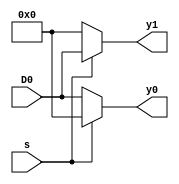
module demux16_1x2 (D0,s,y0,y1);
	input [15:0]D0	;
	input s;
	output [15:0]y0,y1;

	assign y0 = (s == 0)? D0 : 16'b00;
	assign y1 = (s == 1)? D0 : 16'b00;
endmodule